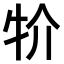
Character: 𤘦